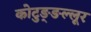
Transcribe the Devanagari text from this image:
कोटुङ्ङल्लूर